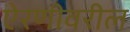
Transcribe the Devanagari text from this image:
ऐरणीवरील